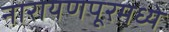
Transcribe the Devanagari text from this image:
नारायणपूरमध्ये